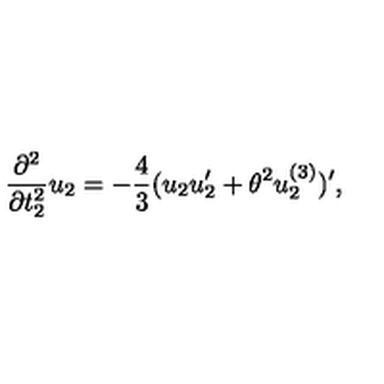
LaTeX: \frac { \partial ^ { 2 } } { \partial t _ { 2 } ^ { 2 } } u _ { 2 } = - \frac { 4 } { 3 } ( u _ { 2 } u _ { 2 } ^ { \prime } + { \theta } ^ { 2 } u _ { 2 } ^ { ( 3 ) } ) ^ { \prime } ,